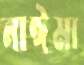
নাঈমা